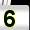
Digit: 5